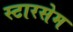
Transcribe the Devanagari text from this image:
स्टारसेम